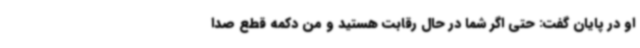
او در پایان گفت: حتی اگر شما در حال رقابت هستید و من دکمه قطع صدا